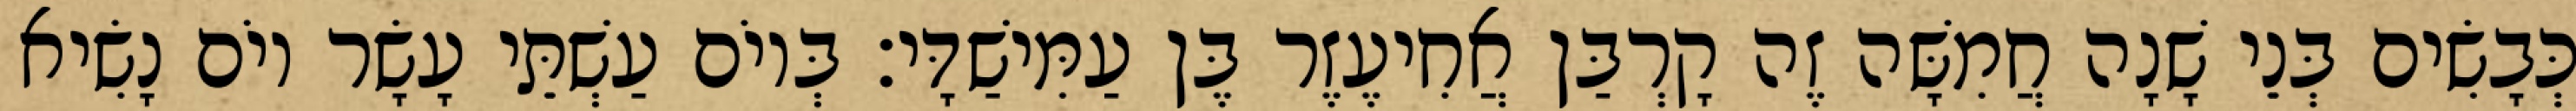
כְּבָשִׂים בְּנֵי שָׁנָה חֲמִשָּׁה זֶה קָרְבַּן אֲחִיעֶזֶר בֶּן עַמִּישַׁדָּי׃ בְּיוֹם עַשְׁתֵּי עָשָׂר יוֹם נָשִׂיא